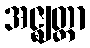
အဇ္ဈတ္တာ